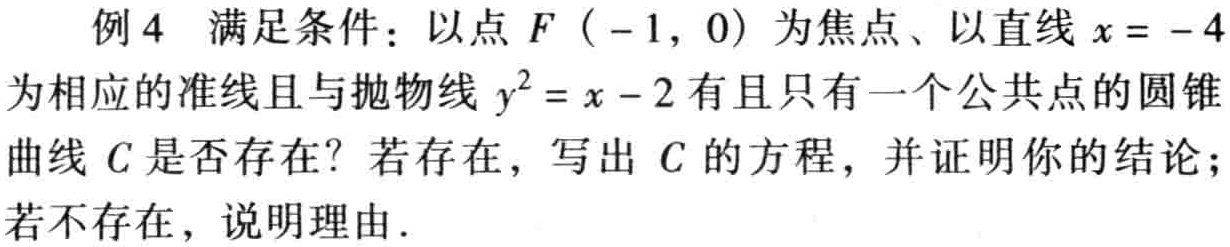
例4 满足条件：以点\(F(-1,0)\)为焦点、以直线\(x = - 4\)为相应的准线且与抛物线\(y^{2}=x - 2\)有且只有一个公共点的圆锥曲线\(C\)是否存在？若存在，写出\(C\)的方程，并证明你的结论；若不存在，说明理由.